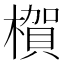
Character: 𪳺